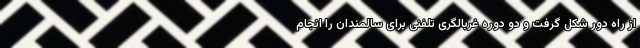
از راه دور شکل گرفت و دو دوره غربالگری تلفنی برای سالمندان را انجام